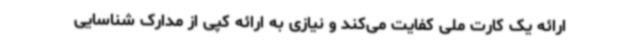
ارائه یک کارت ملی کفایت می‌کند و نیازی به ارائه کپی از مدارک شناسایی